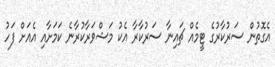
އެގޮތުން ސަރުކާރުގެ ޓީމެއް ޗައިނާ ސަރުކާރާ އެކު މަޝްވަރާކުރާނެ ކަމަށާއި އެއަށް ފަހު